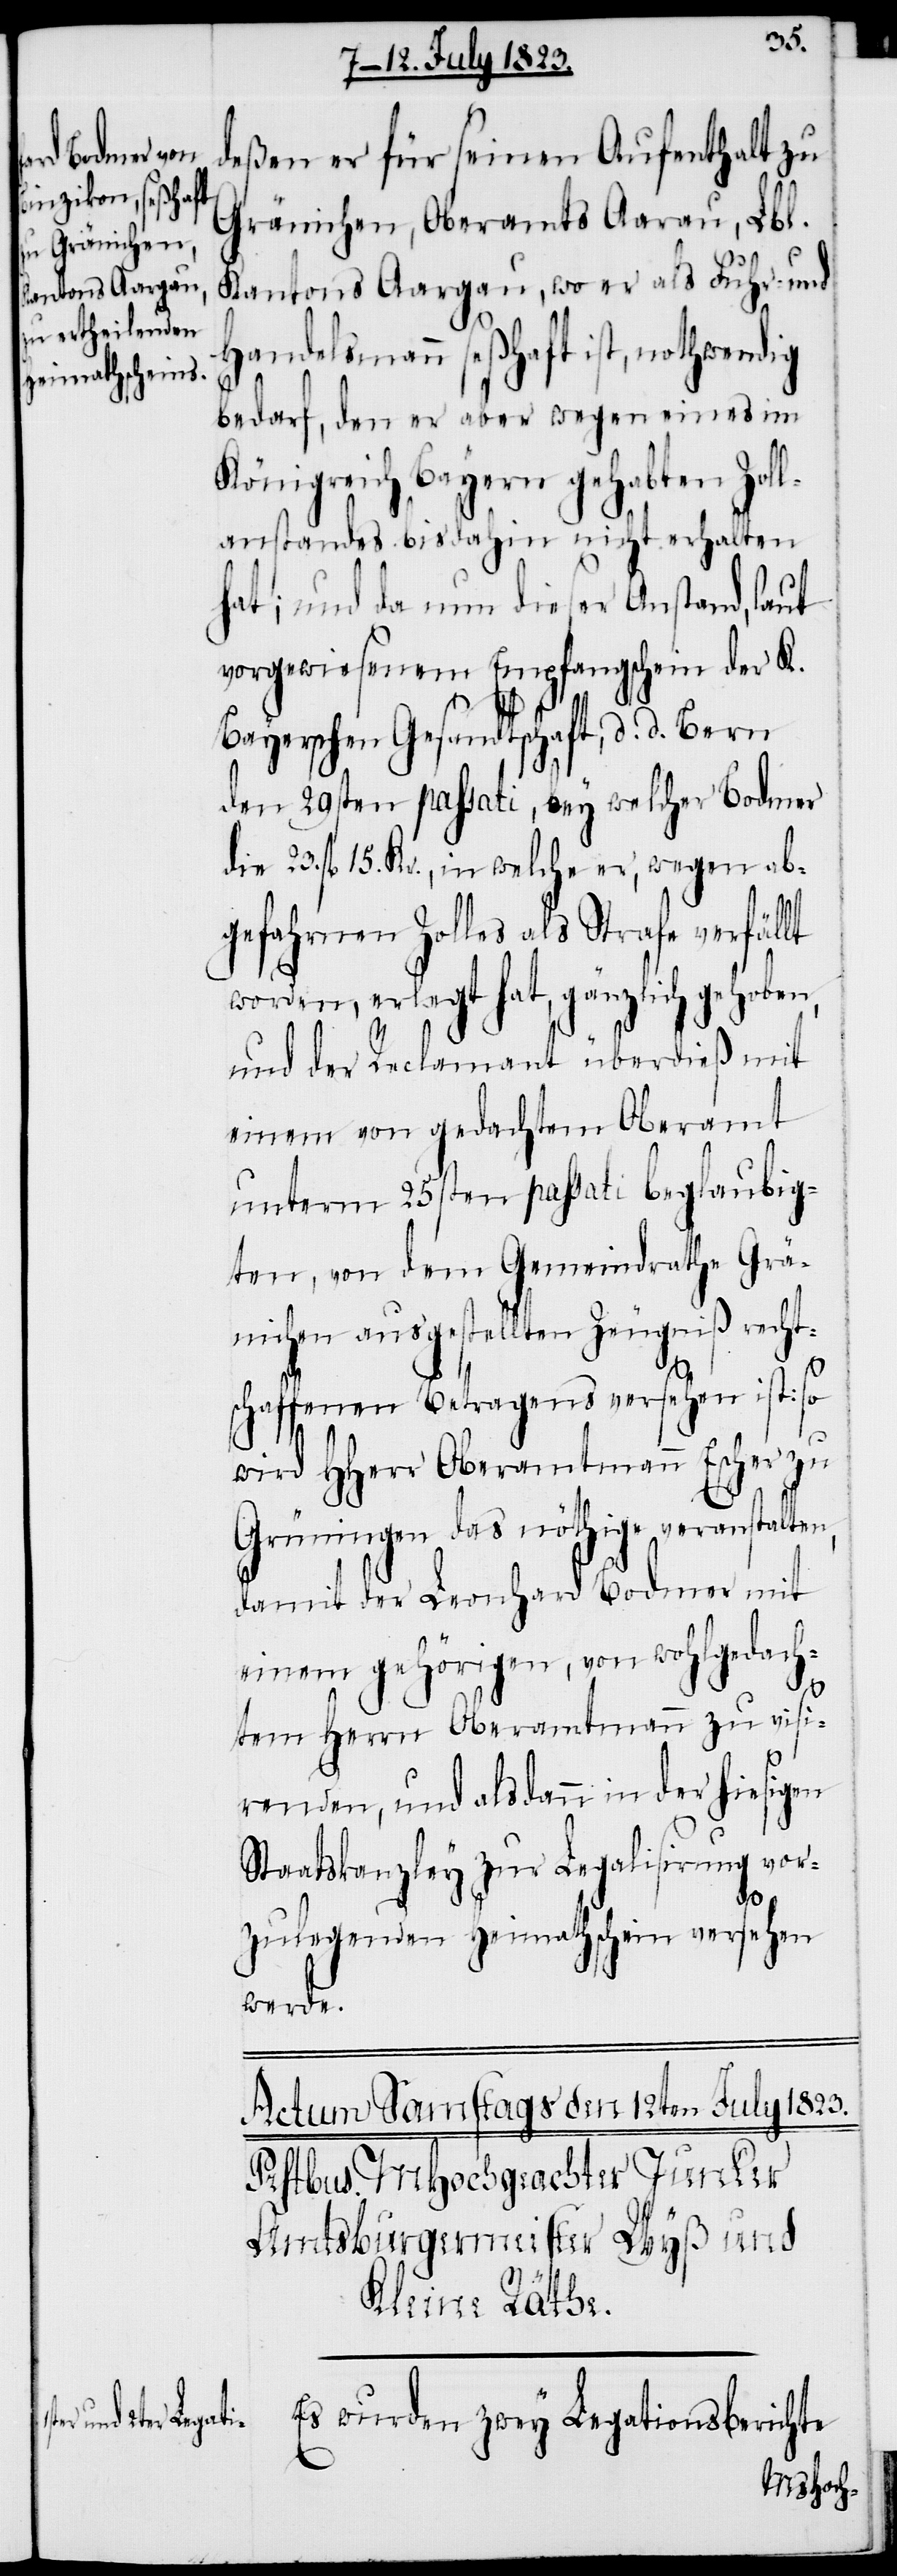
deßen er für seinen Aufenthalt zu
Gränichen, Oberamts Aarau, Lbl.
Kantons Aargau, wo er als Fuhr- und
Handelsmann seßhaft ist, nothwendig
bedarf, den er aber wegen eines im
Königreich Bayern gehabten Zoll¬
anstandes bis dahin nicht erhalten
hat; und da nun dieser Anstand, laut
vorgewiesenem Empfangschein der K.
Bayerschen Gesandtschaft, d. d. Bern
den 29sten passati, bey welcher Bodmer
die 23. fl 15. Kr., in welche er, wegen ab¬
gefahrnen Zolles als Strafe verfällt
worden, erlegt hat, gänzlich gehoben,
und der Reclamant überdieß mit
einem von gedachtem Oberamt
unterm 25sten passati beglaubig¬
ten, von dem Gemeindrathe Grä¬
nichen ausgestellten Zeugniß recht¬
n,
schaffenen Betragens versehen ist: so
wird HHerr Oberamtmann Escher zu
Grüningen das nöthige veranstalte¬
damit der Leonhard Bodmer mit
einem gehörigen, von wohlgedach¬
tem Herrn Oberamtmann zu visi¬
renden, und alsdann in der hiesigen
Staatskanzley zur Legalisirung vor¬
zulegenden Heimathschein versehen
werde.
Es wurden zwey Legationsberichte